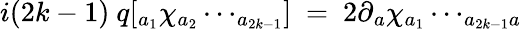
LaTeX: i(2k-1)\ q[_{a{_{1}}}\chi_{a{_{2}}}\cdots_{a{_{2k-1}}}]\ =\ 2\partial{_{a}}\chi_{a{_{1}}}\cdots_{a_{2k-1}a}